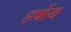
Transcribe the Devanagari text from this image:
हर्षाय